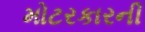
મોટરકારની